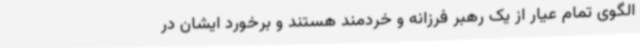
الگوی تمام عیار از یک رهبر فرزانه و خردمند هستند و برخورد ایشان در